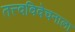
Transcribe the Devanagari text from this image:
तत्त्वविवेचनाला